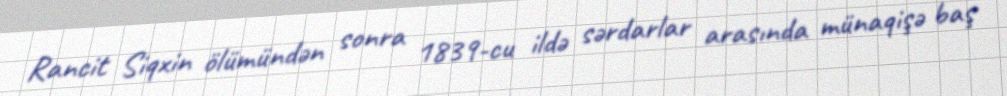
Rancit Siqxin ölümündən sonra 1839-cu ildə sərdarlar arasında münaqişə baş